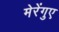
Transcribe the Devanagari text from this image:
मेरेंगुए